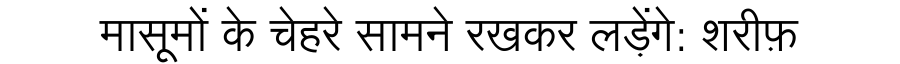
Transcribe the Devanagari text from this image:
मासूमों के चेहरे सामने रखकर लड़ेंगे: शरीफ़